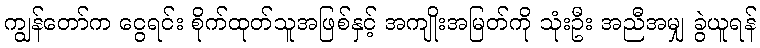
ကျွန်တော်က ငွေရင်း စိုက်ထုတ်သူအဖြစ်နှင့် အကျိုးအမြတ်ကို သုံးဦး အညီအမျှ ခွဲယူရန်